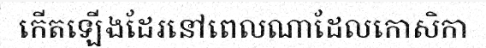
កើតឡើងដែរនៅពេលណាដែលកោសិកា